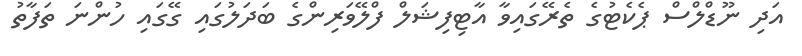
އަދި ނޫޑްލްސް ޕެކެޓުގެ ތެރޭގައިވާ އާޓިފިޝަލް ފްލޭވަރިންގެ ބަދަލުގައި ގޭގައި ހުންނަ ތަފާތު